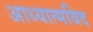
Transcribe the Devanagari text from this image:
आध्यात्मविद